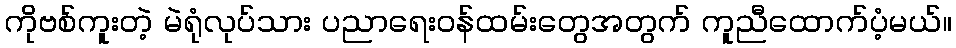
ကိုဗစ်ကူးတဲ့ မဲရုံလုပ်သား ပညာရေးဝန်ထမ်းတွေအတွက် ကူညီထောက်ပံ့မယ်။